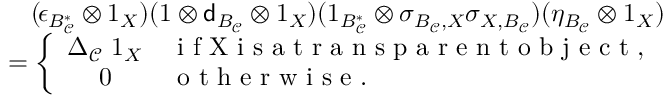
\begin{array} { r } { \lefteqn ( \; \epsilon _ { B _ { \mathcal C } ^ { * } } \otimes 1 _ { X } ) ( 1 \otimes { \mathsf d } _ { B _ { \mathcal C } } \otimes 1 _ { X } ) ( 1 _ { B _ { \mathcal C } ^ { * } } \otimes \sigma _ { B _ { \mathcal C } , X } \sigma _ { X , B _ { \mathcal C } } ) ( \eta _ { B _ { \mathcal C } } \otimes 1 _ { X } ) } \\ { = \left\{ \begin{array} { c l } { \Delta _ { \mathcal { C } } \, \, 1 _ { X } } & { \textrm { i f X i s a t r a n s p a r e n t o b j e c t } , } \\ { 0 } & { \textrm { o t h e r w i s e } . } \end{array} \, \right. } \end{array}